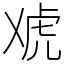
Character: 䖊